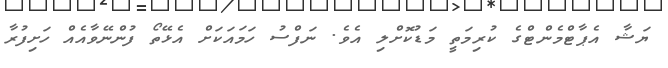
ޔަޝާ އެޕާޓްމެންޓްގެ ކުރިމަތީ މަޑުކޮށްލި އެވެ. ނަފްސު ހަމައަކަށް އެޅޭތޯ ފުންނޭވާއެއް ހަށިފުރާ